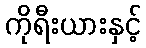
ကိုရီးယားနှင့်